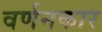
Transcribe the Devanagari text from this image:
वर्णनकार